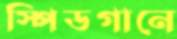
স্পিডগানে